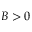
B > 0